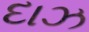
દાઝ